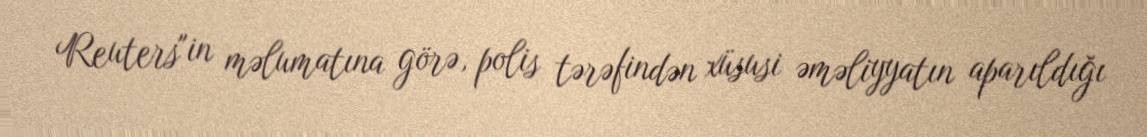
Reuters"in məlumatına görə, polis tərəfindən xüsusi əməliyyatın aparıldığı